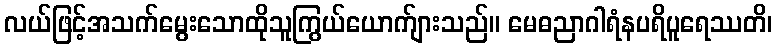
လယ်ဖြင့်အသက်မွေးသောထိုသူကြွယ်ယောက်ျားသည်။ မေဓညာဂါရံနပရိပူရေဿတိ၊